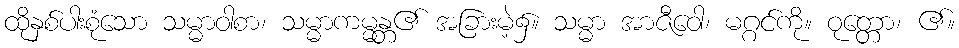
ထိုနှစ်ပါးစုံသော သမ္မာဝါစာ၊ သမ္မာကမ္မန္တ၏ အခြားမဲ့၌။ သမ္မာ အာဇီဝေါ၊ မဂ္ဂင်ကို။ ဝုတ္တော၊ ၏။